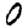
Digit: 0